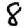
Digit: 8